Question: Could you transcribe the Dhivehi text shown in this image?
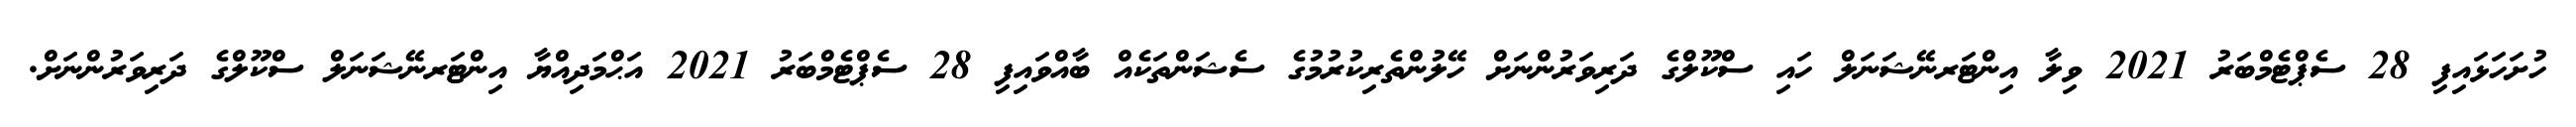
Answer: ހުށަހަޅައިފި 28 ސެޕްޓެމްބަރު 2021 ވިލާ އިންޓަރނޭޝަނަލް ހައި ސްކޫލްގެ ދަރިވަރުންނަށް ހޭލުންތެރިކުރުމުގެ ސެޝަންތަކެއް ބާއްވައިފި 28 ސެޕްޓެމްބަރު 2021 އަޙްމަދިއްޔާ އިންޓަރނޭޝަނަލް ސްކޫލްގެ ދަރިވަރުންނަށް.